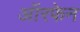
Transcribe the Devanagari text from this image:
ऑरफेन